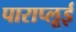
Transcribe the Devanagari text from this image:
पाराप्लूई